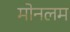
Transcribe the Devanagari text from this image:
मोनलम